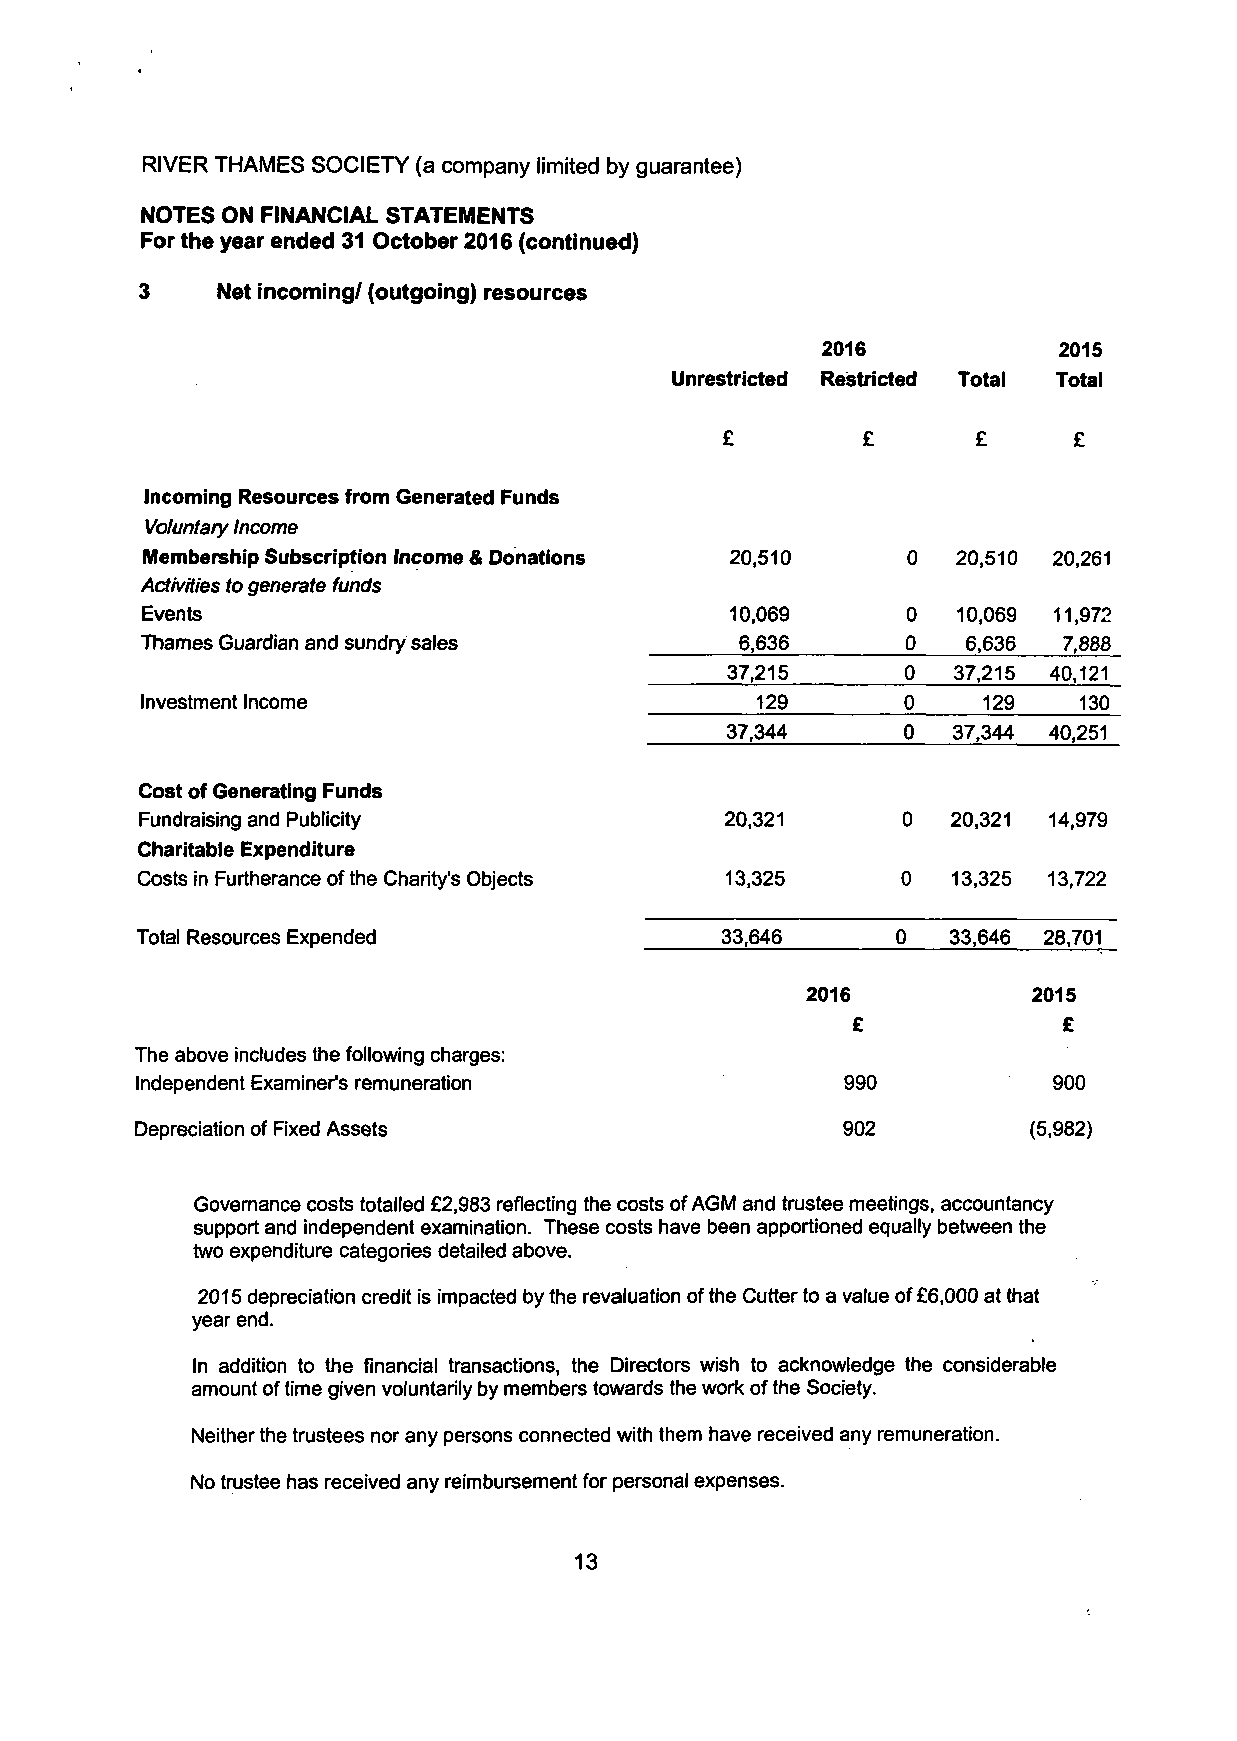
RIVER THAMES SOCIETY (a company limited by guarantee)
 NOTES ON FINANCIAL STATEMENTS
 For the year ended 31 October 2016 (continued)
 3    Net incoming/ (outgoing) resources
 2016            2015
 Unrestricted Restricted Total Total
 £        £       £     £
 Incoming Resources from Generated Funds
 Voluntary Income
 Membership Subscription Income & Donations 20,510  0  20,510 20,261
 Activities to generate funds
 Events                                 10,069      0  10,069 11,972
 Thames Guardian and sundry sales        6,636      0   6,636 7,888
 37,215      0  37,215 40,121
 Investment Income                        129       0    129   130
 37,344      0  37,344 40,251
 Cost of Generating Funds
 Fundraising and Publicity              20,321      0  20,321 14,979
 Charitable Expenditure
 Costs in Furtherance of the Charity's Objects 13,325 0 13,325 13,722
 Total Resources Expended               33,646     0   33,646 28,701
 2016           2015
 £             £
 The above includes the following charges:
 Independent Examiner's remuneration            990           900
 Depreciation of Fixed Assets                   902         (5,982)
 Governance costs totalled £2,983 reflecting the costs of AGM and trustee meetings, accountancy
 support and independent examination. These costs have been apportioned equally between the
 two expenditure categories detailed above.
 2015 depreciation credit is impacted by the revaluation of the Cutter to a value of £6,000 at that
 year end.
 In addition to the financial transactions, the Directors wish to acknowledge the considerable
 amount of time given voluntarily by members towards the work of the Society.
 Neither the trustees nor any persons connected with them have received any remuneration.
 No trustee has received any reimbursement for personal expenses.
 13